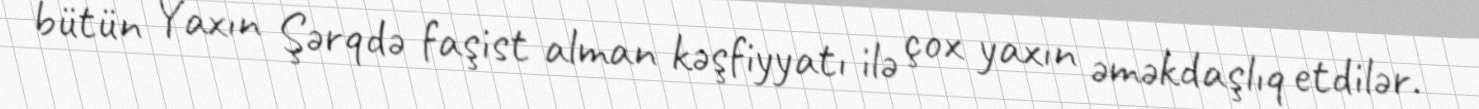
bütün Yaxın Şərqdə faşist alman kəşfiyyatı ilə çox yaxın əməkdaşlıq etdilər.